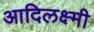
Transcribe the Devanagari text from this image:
आदिलक्ष्मी